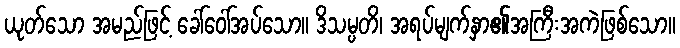
ယုတ်သော အမည်ဖြင့် ခေါ်ဝေါ်အပ်သော။ ဒိသမ္ပတိ၊ အရပ်မျက်နှာ၏အကြီးအကဲဖြစ်သော။